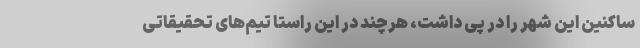
ساکنین این شهر را در پی داشت، هرچند در این راستا تیم‌های تحقیقاتی